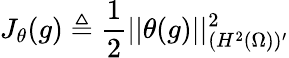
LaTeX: J_{\theta}(g)\triangleq\frac{1}{2}||\theta(g)||_{(H^{2}(\Omega))^{\prime}}^{2}